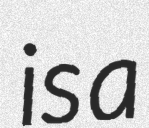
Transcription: is a